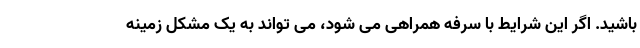
باشید. اگر این شرایط با سرفه همراهی می شود، می تواند به یک مشکل زمینه